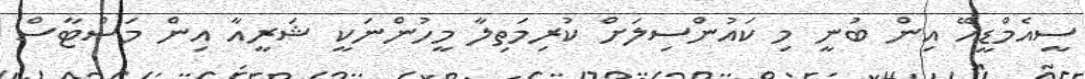
ސީއެމްޑީއޭ އިން ބުނީ މި ކައުންސިލަށް ކުރިމަތިލާ މީހުންނަކީ ޝަރީއާ އިން މަސްޓާސް